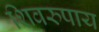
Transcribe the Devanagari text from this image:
शिवरुपाय